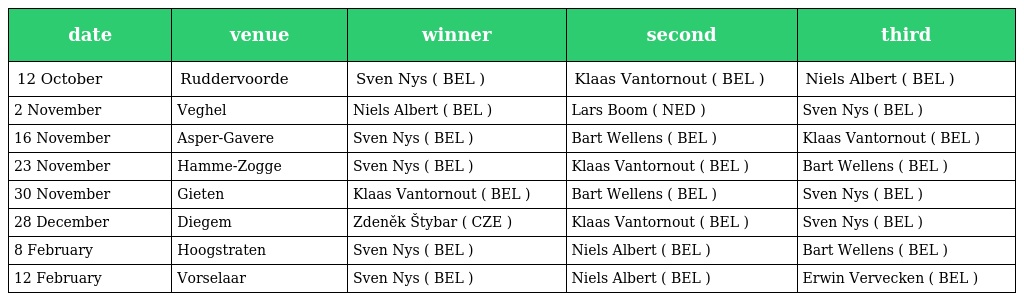
| date | venue | winner | second | third |
 | --- | --- | --- | --- | --- |
 | 12 October | Ruddervoorde | Sven Nys ( BEL ) | Klaas Vantornout ( BEL ) | Niels Albert ( BEL ) |
 | 2 November | Veghel | Niels Albert ( BEL ) | Lars Boom ( NED ) | Sven Nys ( BEL ) |
 | 16 November | Asper-Gavere | Sven Nys ( BEL ) | Bart Wellens ( BEL ) | Klaas Vantornout ( BEL ) |
 | 23 November | Hamme-Zogge | Sven Nys ( BEL ) | Klaas Vantornout ( BEL ) | Bart Wellens ( BEL ) |
 | 30 November | Gieten | Klaas Vantornout ( BEL ) | Bart Wellens ( BEL ) | Sven Nys ( BEL ) |
 | 28 December | Diegem | Zdeněk Štybar ( CZE ) | Klaas Vantornout ( BEL ) | Sven Nys ( BEL ) |
 | 8 February | Hoogstraten | Sven Nys ( BEL ) | Niels Albert ( BEL ) | Bart Wellens ( BEL ) |
 | 12 February | Vorselaar | Sven Nys ( BEL ) | Niels Albert ( BEL ) | Erwin Vervecken ( BEL ) |